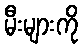
မီးများကို